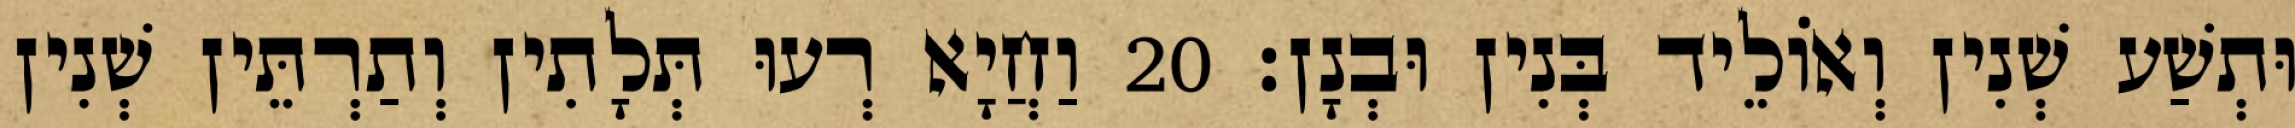
וּתְשַׁע שְׁנִין וְאוֹלֵיד בְּנִין וּבְנָן׃ 20 וַחֲיָא רְעוּ תְּלָתִין וְתַרְתֵּין שְׁנִין